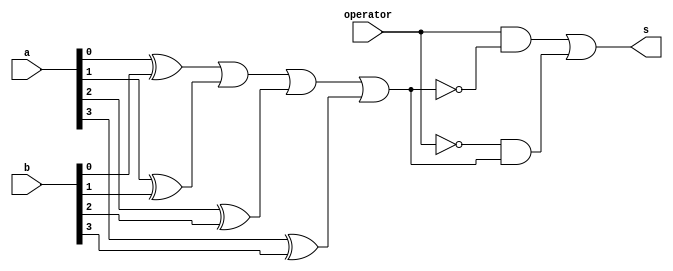
// -------------------------
// Exemplo0027
// Nome: Joo Henrique Mendes de Oliveira 
// ------------------------- 

module extra02  (output s, input operator, input [3:0]a, input [3:0]b); 
		 wire sxor1;
		 wire sxor2;
		 wire sxor3;
		 wire sxor4;
		 wire sxor5;
		 wire sxor6;
		 wire noperator;
		 wire sor;
		 wire sand1;
		 wire sand2;
		 
	xor XOR1 (sxor1,a[0],b[0]);
	xor XOR2 (sxor2,a[1],b[1]);
	xor XOR3 (sxor3,a[2],b[2]);
	xor XOR4 (sxor4,a[3],b[3]);

	or OR1 (sor,sxor1,sxor2,sxor3,sxor4);
	not NOT1 (notor,sor);
	and AND1 (sand1,operator,notor);
	not NOT2 (noperator,operator);
	and AND2 (sand2,noperator,sor);
	or OR2 (s,sand1,sand2);
	
endmodule //extra02;

module test_extra02;	
// ------------------------- definir dados 
	reg [3:0] x; 
	reg [3:0] y;
	reg op; 
	wire s;
		  
	extra02 ERROR (s,op,x,y);
		
// ------------------------- parte principal
	initial begin
	 	x = 4'b0000;	y = 4'b1111;  op = 1'b0;
			
	   $display("Exemplo0027 - Joo Henrique Mendes de Oliveira - 392734");
		$display("\n\t Chave 0 = Diferena \n\t Chave 1 = Equals \n");
		$monitor("\tx = %b	  y = %b	\n\t    Chave = %b	\n	Resultado = %b	\n\n", x, y, op, s);
	
		#1 x = 4'b1111;	y = 4'b1011;
		#1 op = 1'b1;
		#1 x = 4'b1111;	y = 4'b1111;
		#1 op = 1'b0;
		#1 x = 4'b0011;	y = 4'b0011;
	end

endmodule //Exemplo0027